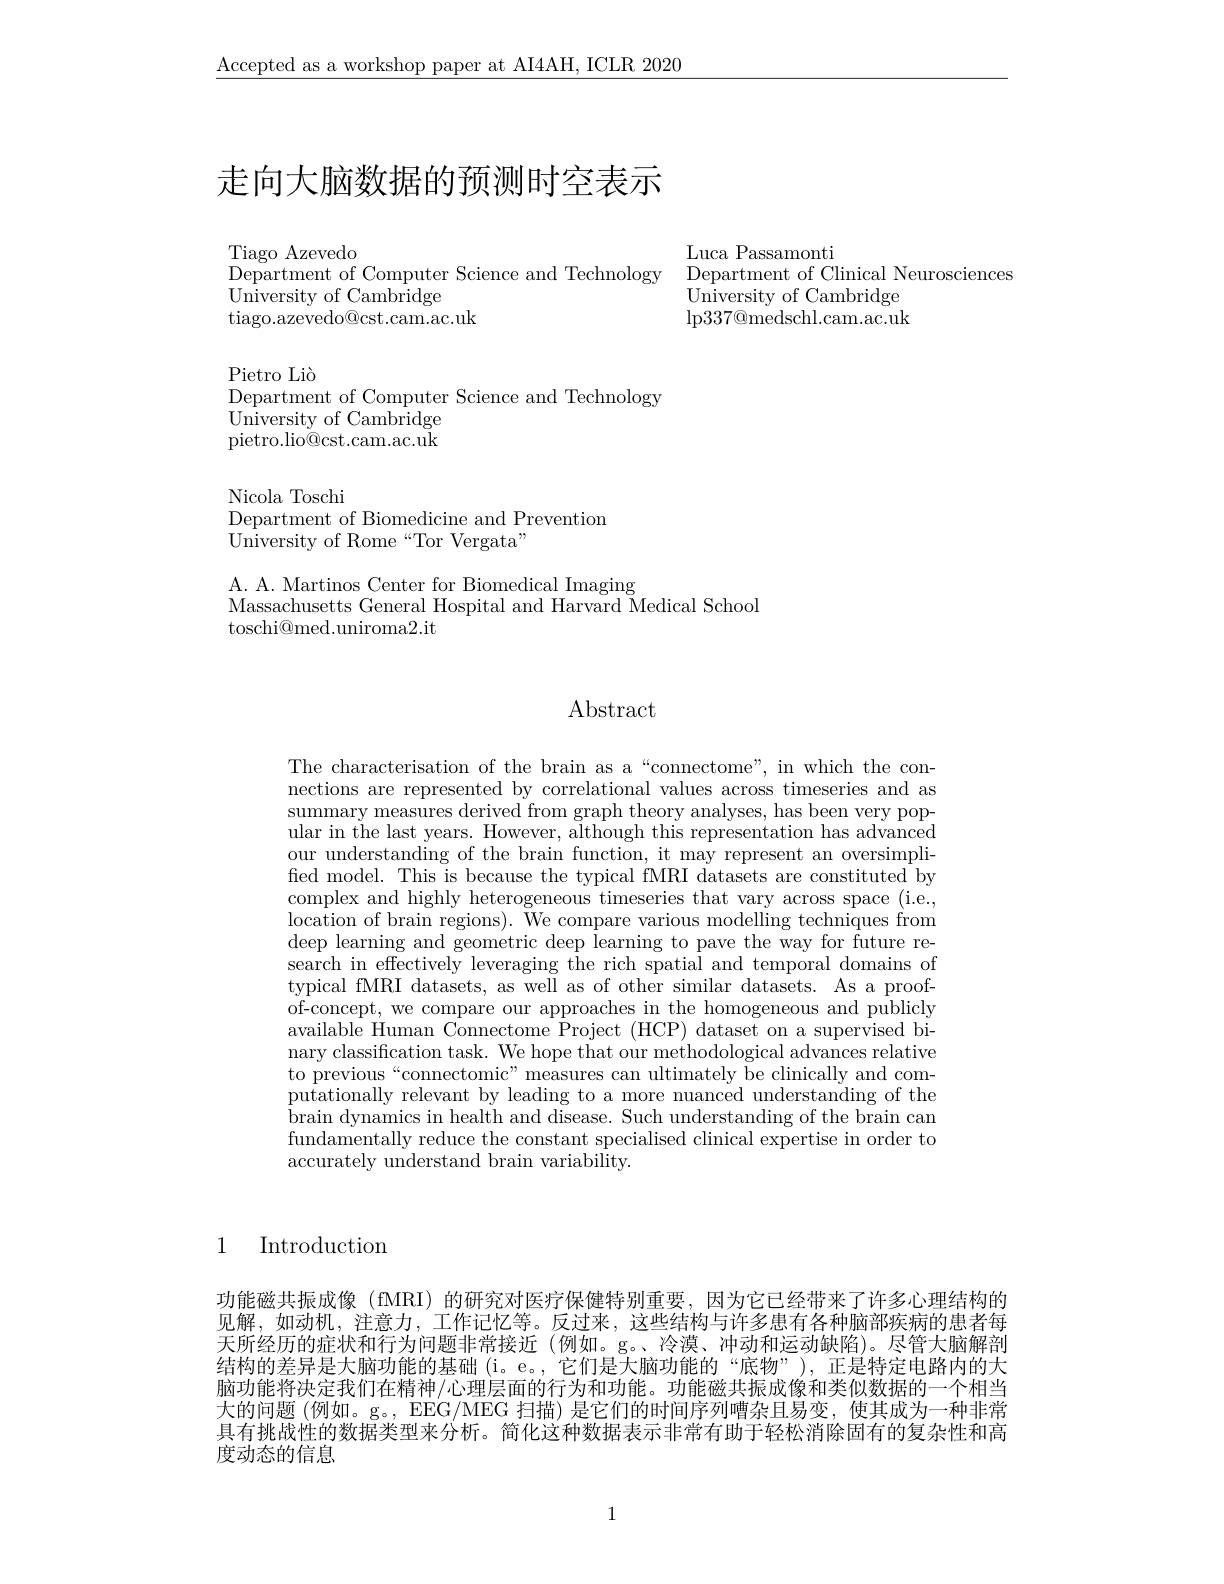
$\underline{\text{Accepted as a workshop paper at AI4AH, ICLR 2020}}$

# 走向大脑数据的预测时空表示

Luca Passamonti
Department of Clinical Neurosciences
University of Cambridge $\operatorname{lp337@medschl.cam.ac.uk}$

Tiago Azevedo
Department of Computer Science and Technology
${\mathrm{University~of~Cambridge}}$
tiago.azevedo@cst.cam.ac.uk

Pietro Liò
Department of Computer Science and Technology
${\tilde{\text{University of Cambridge}}}$ pietro.lio@cst.cam.ac.uk

Nicola Toschi
Department of Biomedicine and Prevention
${\mathrm{University~of~Rome~“Tor~Vergata"}}$

A. A. Martinos Center for Biomedical Imaging
Massachusetts General Hospital and Harvard Wedical School
${\mathrm{toschi@med.uniroma2.it}}$

## $\operatorname{Abstract}$

The characterisation of the brain as a“connectome”, in which the connections are represented by correlational values across timeseries and as $\begin{array}{c}\text{summary measures derived from graph theory analyses, has been very pop-}\\\text{summary measures derived from graph theory analyses, has been very pop-}\\\text{summary measures derrived from graph theory analyses, has been very pop-}\\\text{summary measures derived }\end{array}$ ular in the last years. However, although this representation has advanced our understanding of the brain function, it may represent an oversimplified model. This is because the typical fMRI datasets are constituted by complex and highly heterogeneous timeseries that vary across space (i.e., location of brain regions). We compare various modelling techniques from deep learning and geometric deep learning to pave the way for future research in effectively leveraging the rich spatial and temporal domains of typical fMRI datasets, as well as of other similar datasets. As a proofof-concept, we compare our approaches in the homogeneous and publicly available Human Connectome Project (HCP) dataset on a supervised binary classification task. We hope that our methodological advances relative to previous“connectomic”measures can ultimately be clinically and com- ${\tilde{\text{putationally relevant by leading to a more nuanced understanding of the}}}$ brain dynamics in health and disease. Such understanding of the brain can fundamentally reduce the constant specialised clinical expertise in order to accurately understand brain variability.

1 Introduction

功能磁共振成像 (fMRI) 的研究对医疗保健特别重要，因为它已经带来了许多心理结构的见解，如动机，注意力，工作记忆等。反过来，这些结构与许多患有各种脑部疾病的患者每天所经历的症状和行为问题非常接近(例如。g。、冷漠、冲动和运动缺陷)。尽管大脑解剖结构的差异是大脑功能的基础 (i。e。, 它们是大脑功能的“底物”), 正是特定电路内的大脑功能将决定我们在精神/心理层面的行为和功能。功能磁共振成像和类似数据的一个相当大的问题 (例如。g。, EEG/MEG 扫描) 是它们的时间序列嘈杂且易变，使其成为一种非常具有挑战性的数据类型来分析。简化这种数据表示非常有助于轻松消除固有的复杂性和高度动态的信息

1